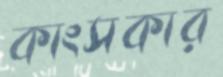
কাংসকার